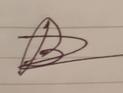
Signature authenticity: forged